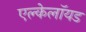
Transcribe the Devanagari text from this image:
एल्केलॉयड